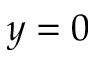
y = 0